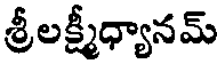
శ్రీలక్ష్మీధ్యానమ్